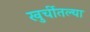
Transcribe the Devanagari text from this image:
खुर्चीतल्या